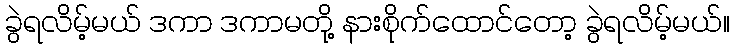
ခွဲရလိမ့်မယ် ဒကာ ဒကာမတို့ နားစိုက်ထောင်တော့ ခွဲရလိမ့်မယ်။